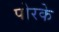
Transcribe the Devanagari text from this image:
पोरके